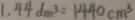
1 . 4 4 d m ^ { 3 } = 1 4 4 0 c m ^ { 3 }